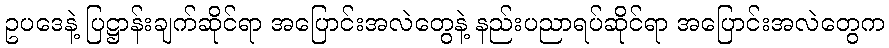
ဥပဒေနဲ့ ပြဋ္ဌာန်းချက်ဆိုင်ရာ အပြောင်းအလဲတွေနဲ့ နည်းပညာရပ်ဆိုင်ရာ အပြောင်းအလဲတွေက